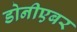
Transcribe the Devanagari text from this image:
डोनीएबर